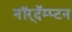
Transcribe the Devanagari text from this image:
नॉर्‌दॅम्प्टन